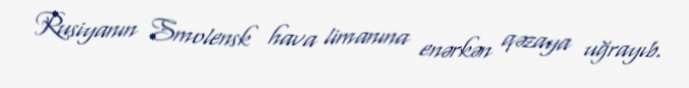
Rusiyanın Smolensk hava limanına enərkən qəzaya uğrayıb.